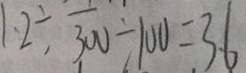
1 . 2 \div \frac { 1 } { 3 0 0 } \div 1 0 0 = 3 . 6